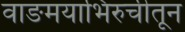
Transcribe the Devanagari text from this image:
वाङमयाभिरुचीतून